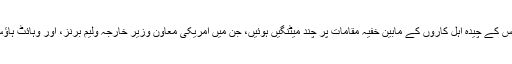
اس کے بعد، خفیہ مقامات پر ایرانیوں اور وہائٹ ہاؤس کے چیدہ اہل کاروں کے مابین خُفیہ مقامات پر چند میٹنگیں ہوئیں، جن میں امریکی معاون وزیر خارجہ ولیم برنز، اور وہائٹ ہاؤس کے ایرانی امور کے ماہر، پُنیت تلوار شامل تھے۔